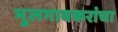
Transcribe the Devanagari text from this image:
मुलगावकरांचा